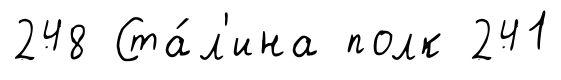
248 Ста́л'ина полк 241